Madras plague regulations and rules - Volume 2
Disease focus: Plague
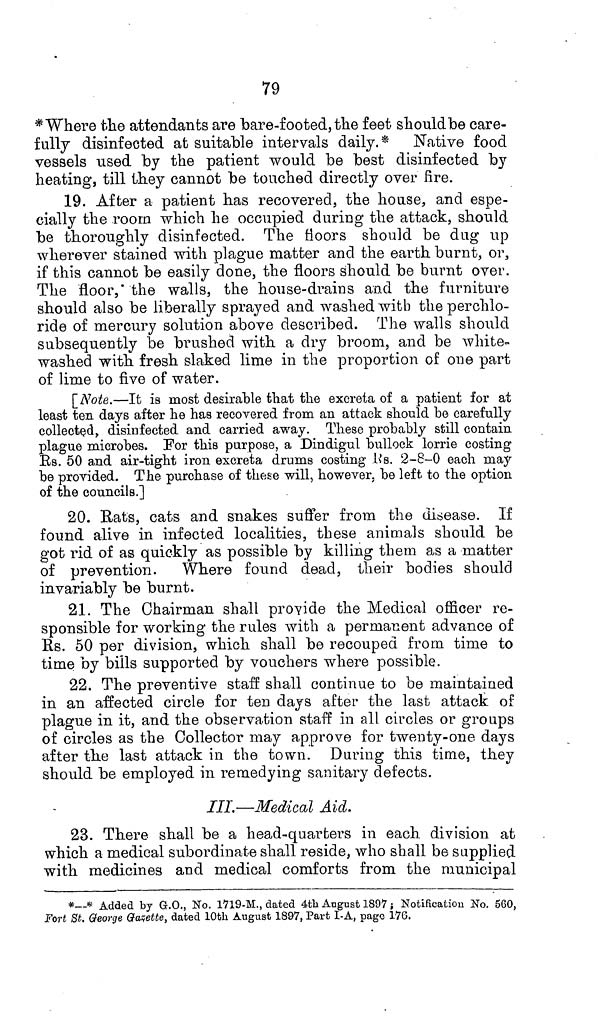
79
* Where the attendants are bare-footed, the feet should be care-
fully disinfected at suitable intervals daily.* Native food
vessels used by the patient would be best disinfected by
heating, till they cannot be touched directly over fire.
19. After a patient has recovered, the house, and espe-
cially the room which he occupied during the attack, should
be thoroughly disinfected. The floors should be dug up
wherever stained with plague matter and the earth burnt, or,
if this cannot be easily done, the floors should be burnt over.
The floor, the walls, the house-drains and the furniture
should also be liberally sprayed and washed with the perchlo-
ride of mercury solution above described. The walls should
subsequently be brushed with a dry broom, and be white-
washed with fresh slaked lime in the proportion of one part
of lime to five of water.
[Note.—It is most desirable that the excreta of a patient for at
least ten days after he has recovered from an attack should be carefully
collected, disinfected and carried away. These probably still contain
plague microbes. For this purpose, a Dindigul bullock lorrie costing
Rs. 50 and air-tight iron excreta drums costing Rs. 2-8-0 each may
be provided. The purchase of these will, however, be left to the option
of the councils.]
20. Rats, cats and snakes suffer from the disease. If
found alive in infected localities, these animals should be
got rid of as quickly as possible by killing them as a matter
of prevention. Where found dead, their bodies should
invariably be burnt.
21. The Chairman shall provide the Medical officer re-
sponsible for working the rules with a permanent advance of
RS. 50 per division, which shall be recouped from time to
time by bills supported by vouchers where possible.
22. The preventive staff shall continue to be maintained
in an affected circle for ten days after the last attack of
plague in it, and the observation staff in all circles or groups
of circles as the Collector may approve for twenty-one days
after the last attack in the town. During this time, they
should be employed in remedying sanitary defects.
III. — Medical Aid.
23. There shall be a head-quarters in each division at
which a medical subordinate shall reside, who shall be supplied
with medicines and medical comforts from the municipal
*--* Added by G.O., No. 1719-M., dated 4th August 1897; Notification No. 560,
Fort St. George Gazette, dated 10th August 1897, Part I-A, page 176.